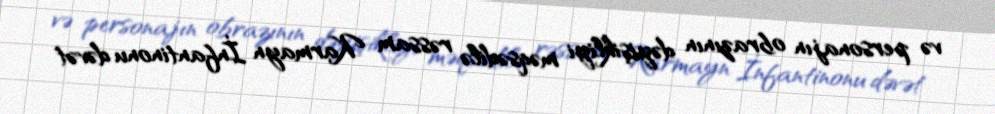
və personajın obrazının dəyişikliyi məqsədilə rəssam Karmayn İnfantinonu dəvət